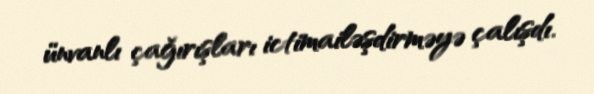
ünvanlı çağırışları ictimailəşdirməyə çalışdı.